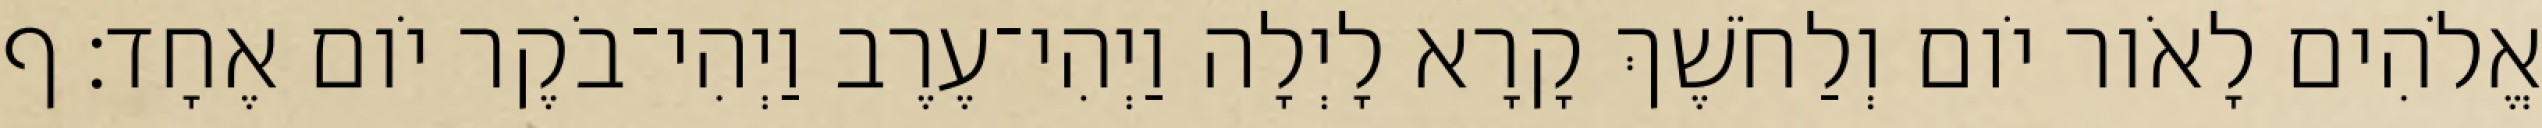
אֱלֹהִים לָאֹור יֹום וְלַחֹשֶׁךְ קָרָא לָיְלָה וַיְהִי־עֶרֶב וַיְהִי־בֹקֶר יֹום אֶחָד׃ ף